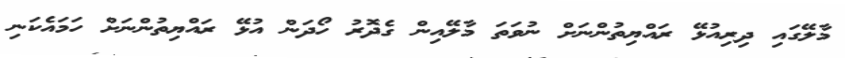
މާލޭގައި ދިރިއުޅޭ ރައްޔިތުންނަށް ނުވަތަ މާލޭއިން ގެދޮރު ހޯދަން އުޅޭ ރައްޔިތުންނަށް ހަމައެކަނި